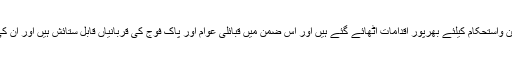
گورنر نے کہا کہ خطے میں امن واستحکام کیلئے بھرپور اقدامات اٹھائے گئے ہیں اور اس ضمن میں قبائلی عوام اور پاک فوج کی قربانیاں قابل ستائش ہیں اور ان کی قربانیاں رائیگاں نہیں جائیگی۔